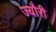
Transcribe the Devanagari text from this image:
ज्यौरी